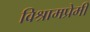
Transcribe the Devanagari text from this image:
विश्रामप्रेमी